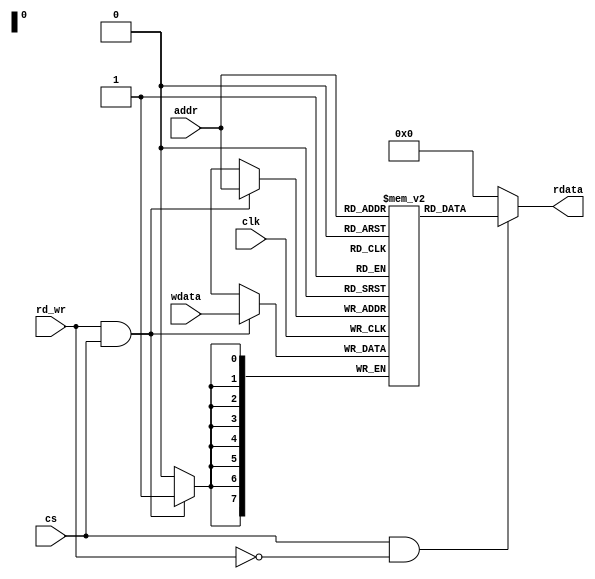
//=======================================================
// Module  : memory.v 
// Purpose : SRC code that represent a single port memory 
//           with size of 256 rows of 8-bit each 
//           
//=======================================================

module memory(
    input         clk,
    input         rd_wr,
    input         cs,
    input  [7:0]  addr, 
    input  [7:0]  wdata, 
    output [7:0]  rdata
);

reg [7:0] memBank [0:255];

//Read 
assign rdata = (cs && !rd_wr) ? memBank[addr] : 8'd0;

//Write 
always @ (posedge clk) 
    begin
        if(rd_wr && cs) 
            memBank[addr] <= wdata;
    end


endmodule